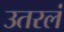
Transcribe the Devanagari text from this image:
उतरलं